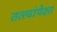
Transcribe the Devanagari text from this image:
तत्त्वांपेक्षा